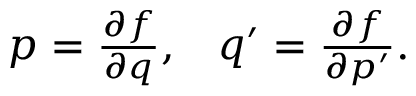
\begin{array} { l l } { { p = { \frac { \partial f } { \partial q } } , } } & { { q ^ { \prime } = { \frac { \partial f } { \partial p ^ { \prime } } } . } } \end{array}